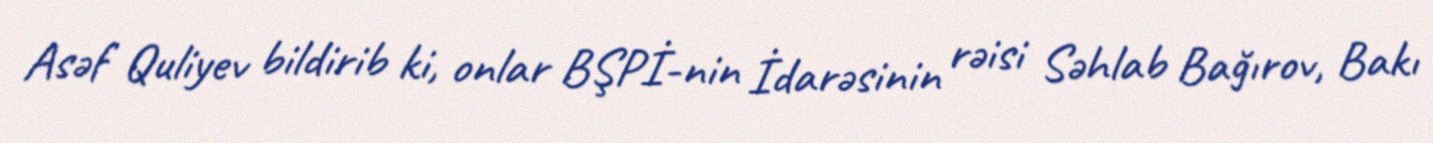
Asəf Quliyev bildirib ki, onlar BŞPİ-nin İdarəsinin rəisi Səhlab Bağırov, Bakı